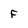
Character: F